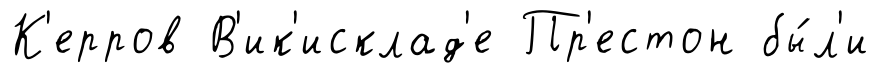
К'ерров В'ик'исклад'е Пр'естон бы́л'и